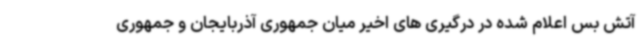
آتش بس اعلام شده در درگیری های اخیر میان جمهوری آذربایجان و جمهوری